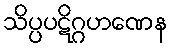
သိပ္ပပဋိဂ္ဂဟဏေန